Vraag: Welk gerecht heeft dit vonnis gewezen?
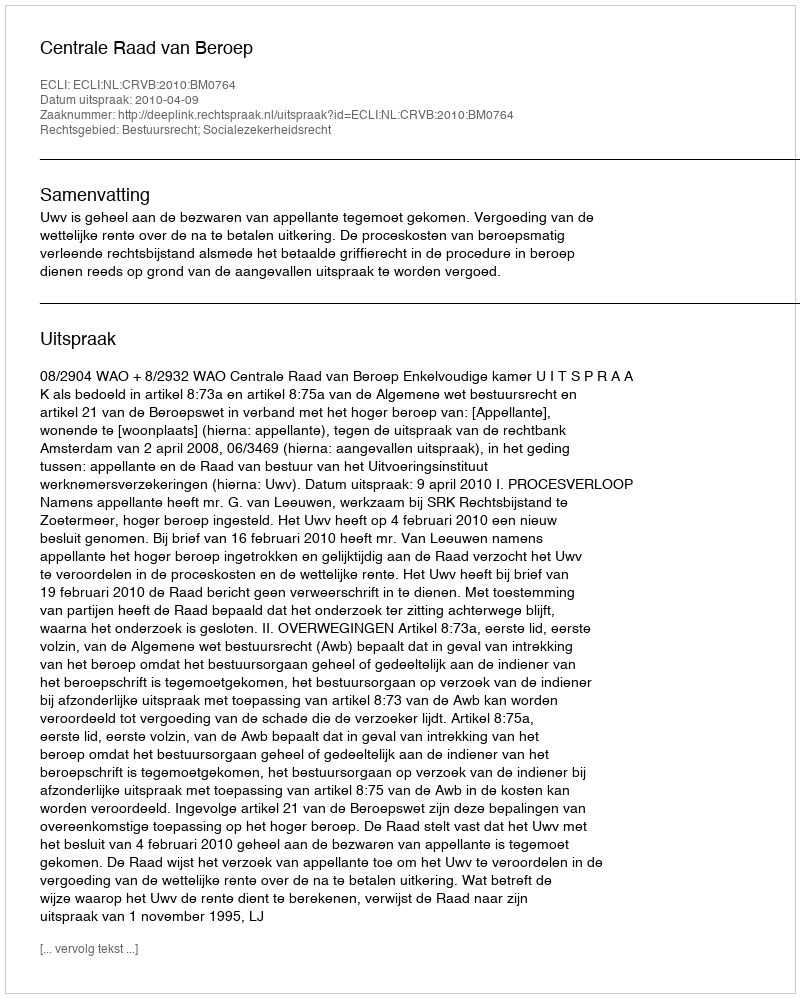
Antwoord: Centrale Raad van Beroep